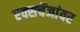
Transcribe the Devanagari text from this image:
एक्सचेंजांवर